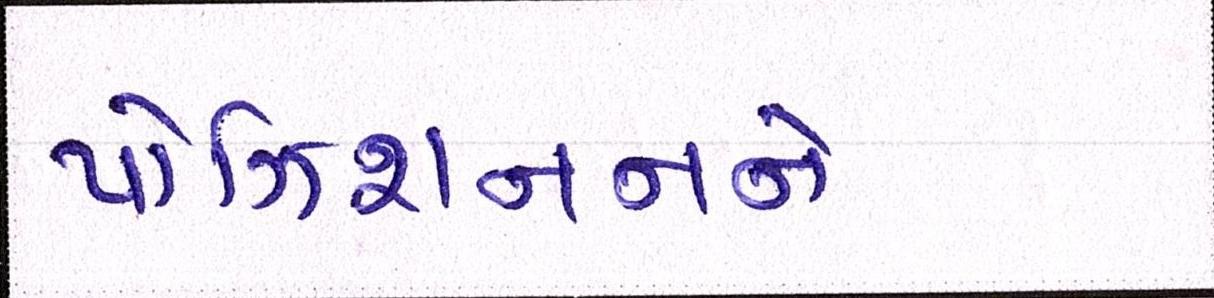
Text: પોઝિશનનને